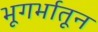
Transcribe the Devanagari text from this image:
भूगर्भातून